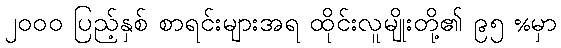
၂၀၀၀ ပြည့်နှစ် စာရင်းများအရ ထိုင်းလူမျိုးတို့၏ ၉၅ %မှာ